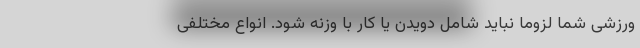
ورزشی شما لزوما نباید شامل دویدن یا کار با وزنه شود. انواع مختلفی